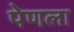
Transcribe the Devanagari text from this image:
पेणला